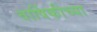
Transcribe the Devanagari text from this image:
वार्षिकीच्या